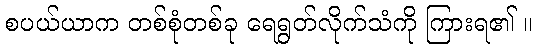
စပယ်ယာက တစ်စုံတစ်ခု ရေရွတ်လိုက်သံကို ကြားရ၏ ။